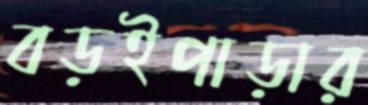
বড়ইপাড়ার